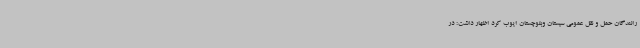
رانندگان حمل و نقل عمومی سیستان وبلوچستان ایوب کرد اظهار داشت: در